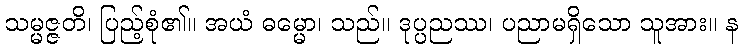
သမ္မဇ္ဇတိ၊ ပြည့်စုံ၏။ အယံ ဓမ္မော၊ သည်။ ဒုပ္ပညဿ၊ ပညာမရှိသော သူအား။ န